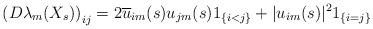
LaTeX: \begin{align*}\left( D\lambda_{m}(X_{s})\right) _{ij}=2\overline{u}_{im}(s)u_{jm}(s)1_{\{i<j\}}+|u_{im}(s)|^{2}1_{\{i=j\}} \end{align*}